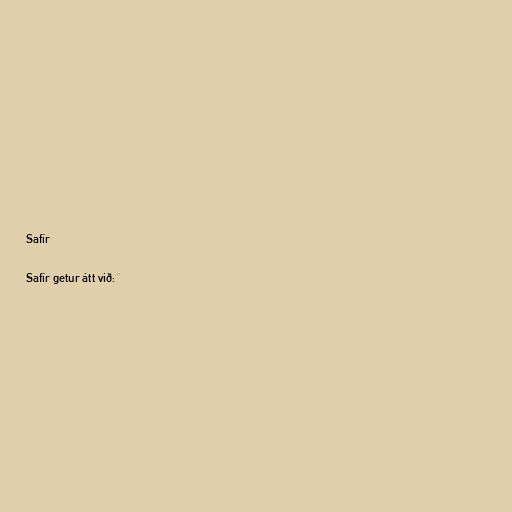
Safír

Safír getur átt við: